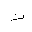
Letter: _ta